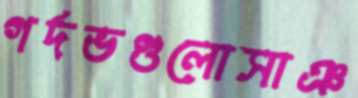
গর্দভগুলোসাঞ